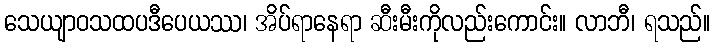
သေယျာဝသထပဒီပေယဿ၊ အိပ်ရာနေရာ ဆီးမီးကိုလည်းကောင်း။ လာဘီ၊ ရသည်။